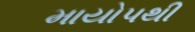
માયોપથી